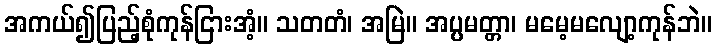
အကယ်၍ပြည့်စုံကုန်ငြားအံ့။ သတတံ၊ အမြဲ။ အပ္ပမတ္တာ၊ မမေ့မလျော့ကုန်ဘဲ။